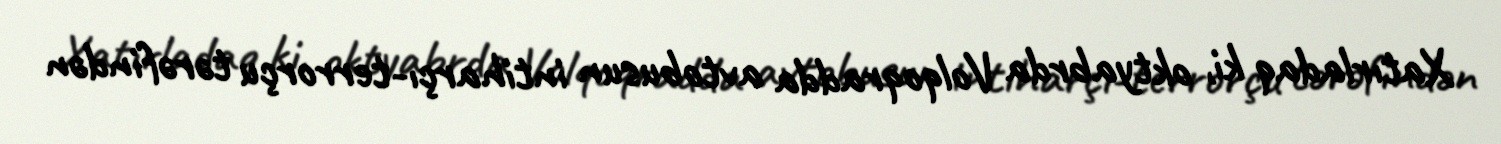
Xatırladaq ki, oktyabrda Volqoqradda avtobusun intiharçı-terrorçu tərəfindən